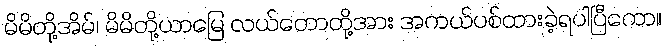
မိမိတို့အိမ်၊ မိမိတို့ယာမြေ လယ်တောတို့အား အကယ်ပစ်ထားခဲ့ရပါပြီကော။